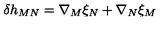
\delta h _ { M N } = \nabla _ { M } \xi _ { N } + \nabla _ { N } \xi _ { M }